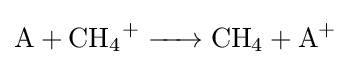
{\ce {A + CH4+ -> CH4 + A+}}